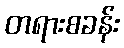
တရားစခန်း